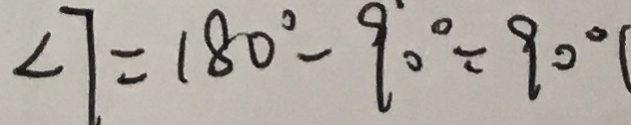
\angle 7 = 1 8 0 ^ { \circ } - 9 0 ^ { \circ } = 9 0 ^ { \circ }